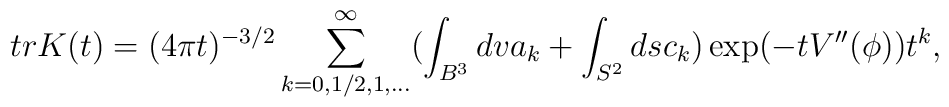
tr K(t)=(4\pi t) ^{-3/2}\sum_{k=0,1/2,1,...}^{\infty}(\int_{B^{3}}dv a_{k}+\int_{S^{2}}dsc_{k})\exp(-tV''(\phi))t^{k},